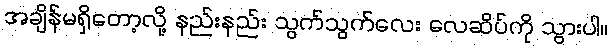
အချိန်မရှိတော့လို့ နည်းနည်း သွက်သွက်လေး လေဆိပ်ကို သွားပါ။